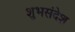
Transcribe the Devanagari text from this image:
शुभसंदेश